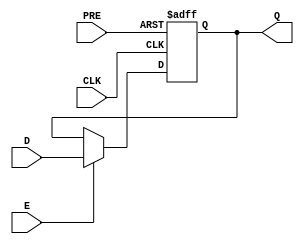
module flipflop (PRE,E,CLK,D,Q);
input PRE,E,CLK,D;
output reg Q;

always@(posedge CLK or negedge PRE ) begin        //active low changes from 1 ton 0

if(~PRE)
Q<=1'b1;
else begin
	if(E==1)
	Q<=D;
end

end


endmodule